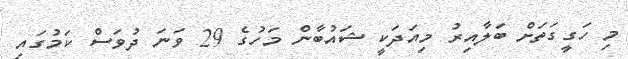
މި ހަގީގަތަށް ބަލާއިރު މިއަދަކީ ޝައުބާން މަހުގެ 29 ވަނަ ދުވަސް ކަމުގައި